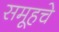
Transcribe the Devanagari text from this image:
समूहचे